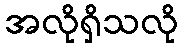
အလိုရှိသလို